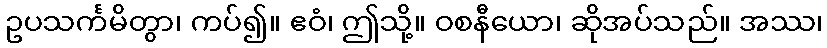
ဥပသင်္ကမိတွာ၊ ကပ်၍။ ဧဝံ၊ ဤသို့။ ဝစနီယော၊ ဆိုအပ်သည်။ အဿ၊